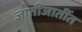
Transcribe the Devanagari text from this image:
जातीजातींत